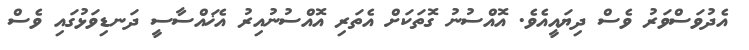
އެދުވަސްވަރު ވެސް ދިޔައީއެވެ. އޮއްސުނު ގޮތަކަށް އެތަރި އޮއްސުނުއިރު އެޚައްސާސީ ދަނޑިވަޅުގައި ވެސް